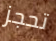
تحجز